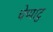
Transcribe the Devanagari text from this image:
चेप्पाटु